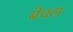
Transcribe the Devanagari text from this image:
बेवल